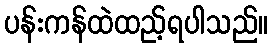
ပန်းကန်ထဲထည့်ရပါသည်။